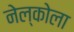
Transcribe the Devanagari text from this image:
नेल्कोला